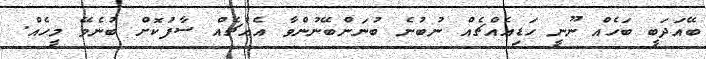
ބޭއަދަބީ ބަހެއް ނޫނީ ހަޑިއެއްޗެއް ނުބުނެ ބުނަންބޭނުންވާ އެއްޗެއް ސާފުކޮށް ބުނެވޭ މީހެއް.